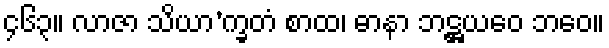
၄၆၃။ လာဇာ သိယာ’က္ခတံ စာထ၊ ဓာနာ ဘဋ္ဌယဝေ ဘဝေ။